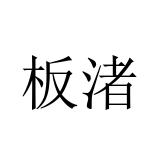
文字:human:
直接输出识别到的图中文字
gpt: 板渚